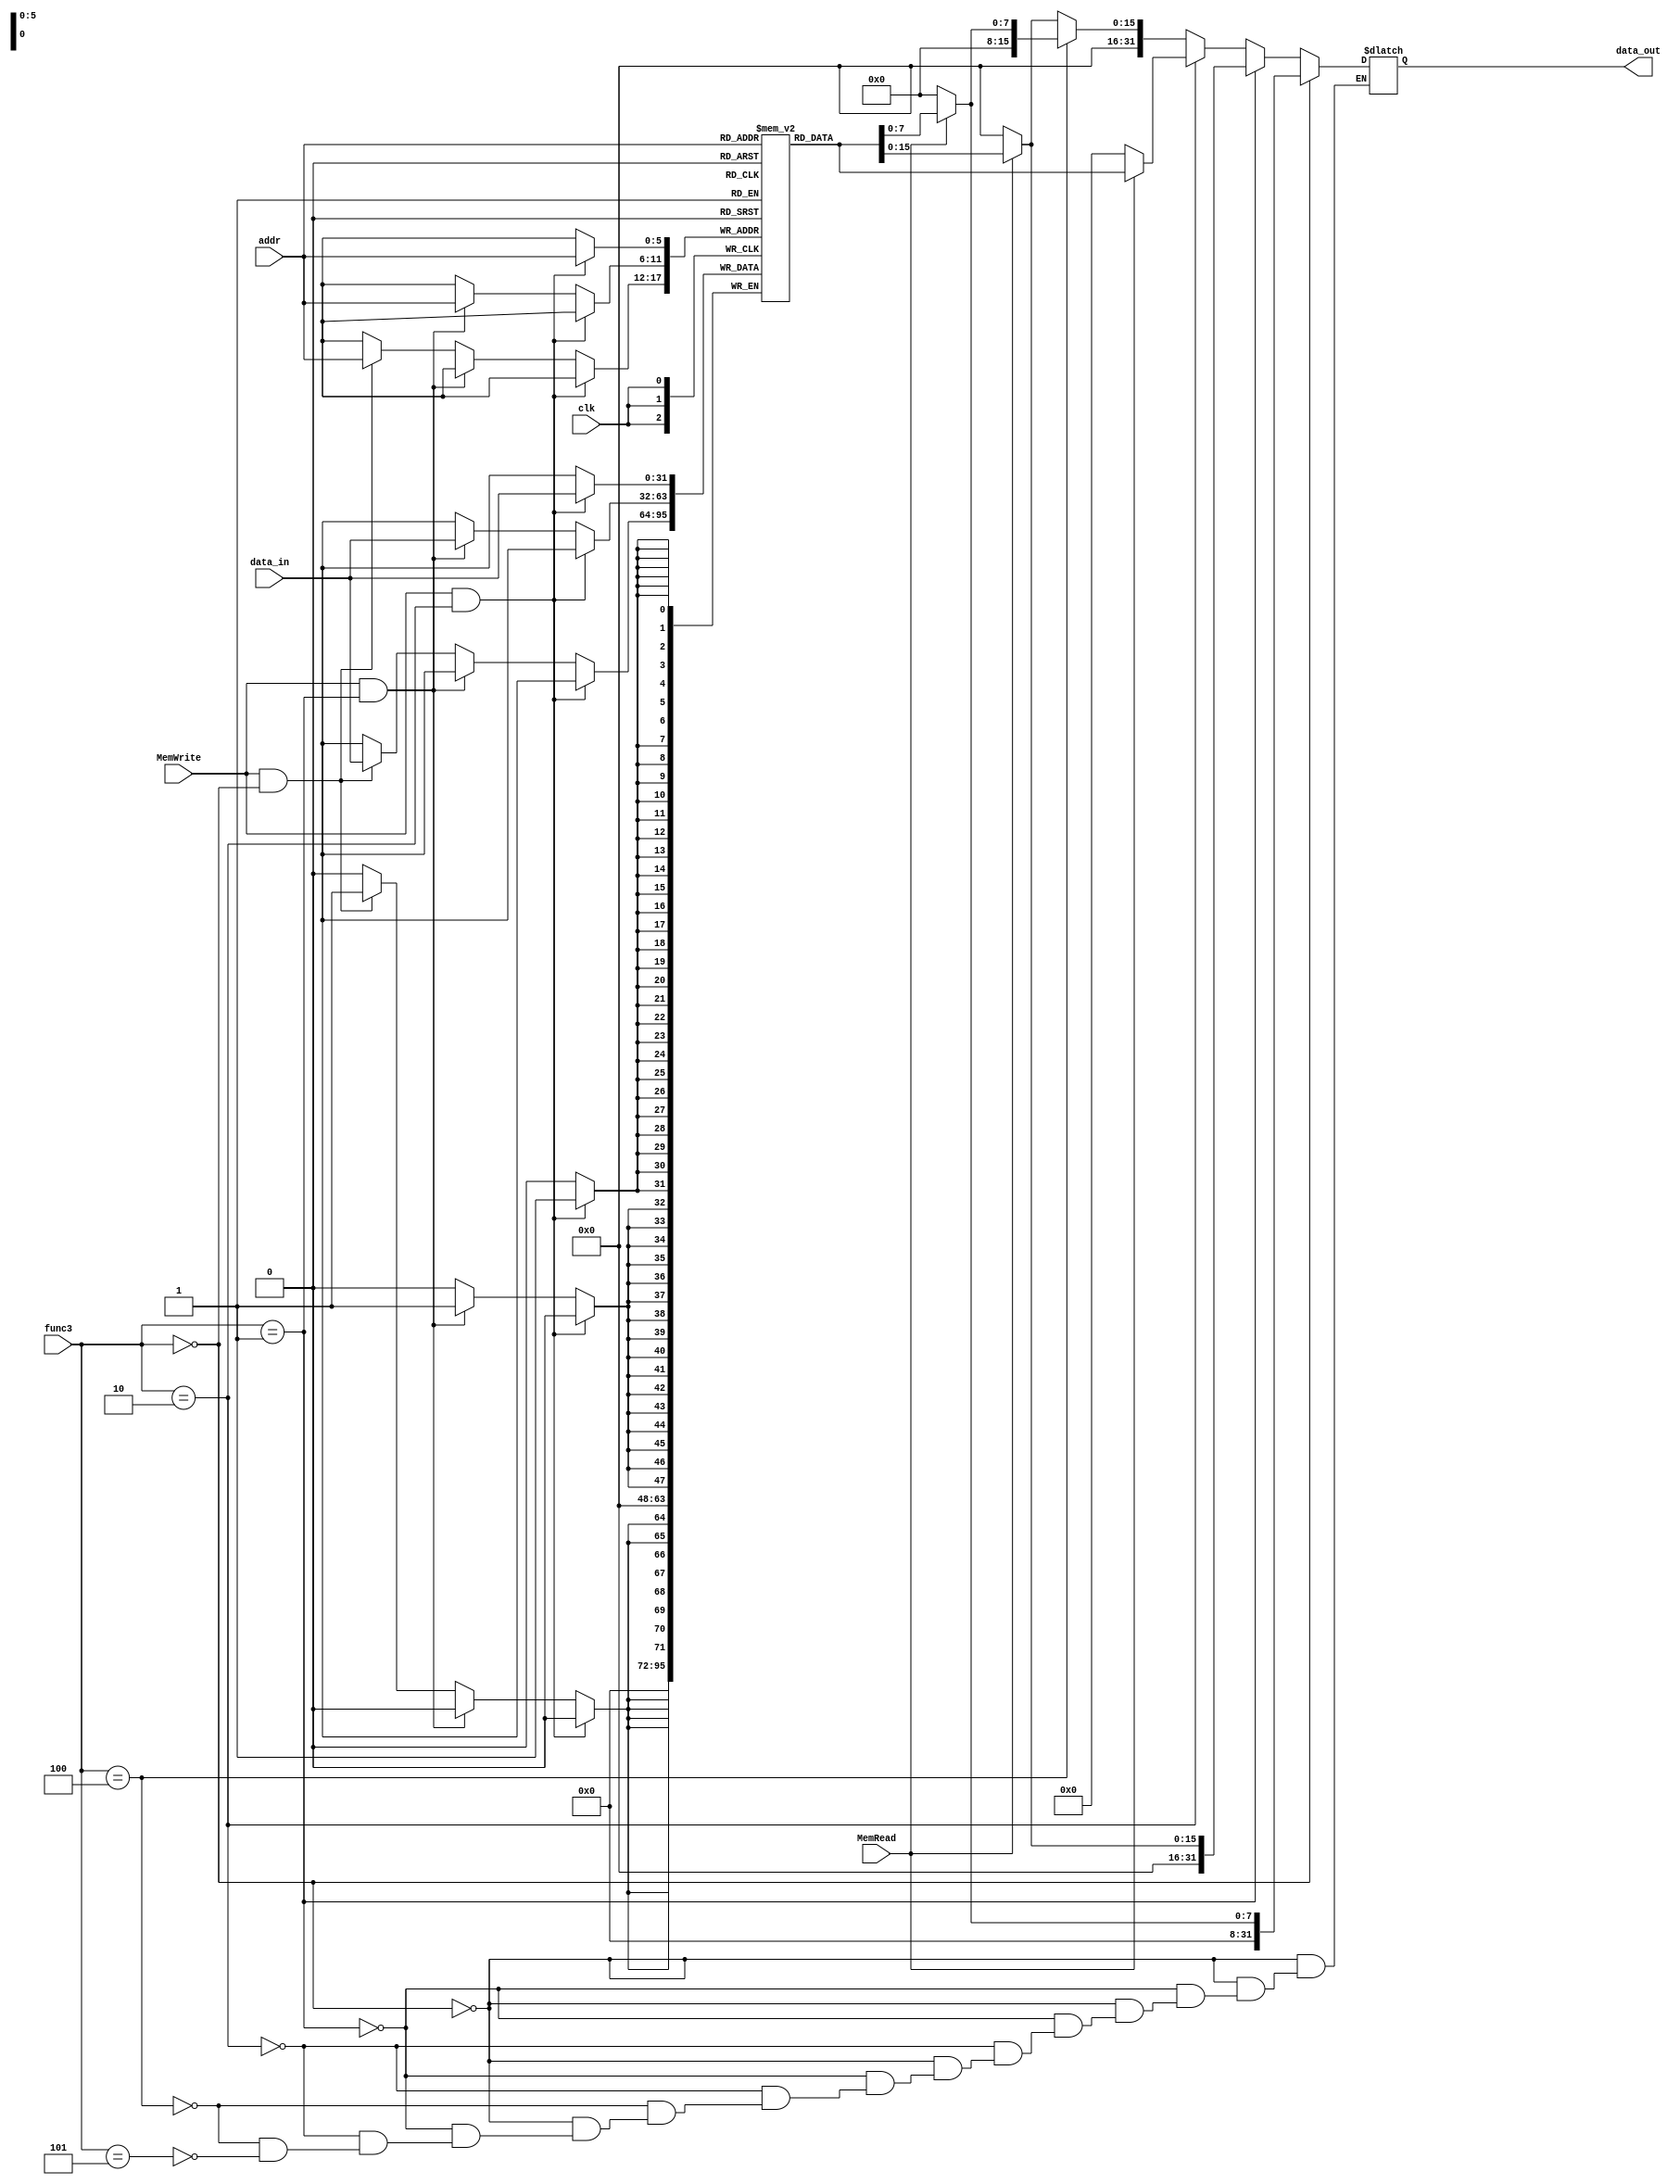
`timescale 1ns / 1ps
module DataMem
(input clk, input MemRead, input MemWrite,
input [5:0] addr, input [31:0] data_in, input [2:0]func3, output reg[31:0] data_out);
reg [31:0] mem [0:63]; // dataout = [0:7] mem[addr];
always @(posedge clk) begin
if (MemWrite==1 && func3 ==3'b010) //SW
mem[addr] <= data_in;
else if (MemWrite==1 && func3 ==3'b001)//sh
mem[addr][15:0] <= data_in;
else if (MemWrite==1 && func3 ==3'b000)//sb
mem[addr][7:0] <= data_in;
end
initial
 begin
 mem[0]=32'd0;
 mem[1]=32'd20;
 mem[2]=32'd10; 
 end

always @(*)
begin
 if ( func3 == 3'b000) //LB
  data_out = MemRead ? mem[addr][7:0]: 0;
 else if ( func3 == 3'b001) //LH
  data_out = MemRead ? mem[addr][15:0]: 0;
 else if ( func3 == 3'b010) //LW
  data_out = MemRead ? mem[addr]:0;
 else if ( func3 == 3'b100) //LBU
  data_out = MemRead ?{ 24'h0,mem[addr][7:0]}:0;
 else if ( func3 == 3'b101)// LHU
 data_out = MemRead ? {16'h0,mem[addr][15:0]}: 0;
end
//assign data_out = MemRead ? mem[addr]:0;
 endmodule